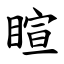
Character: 睻